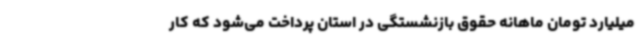
میلیارد تومان ماهانه حقوق بازنشستگی در استان پرداخت می‌شود که کار